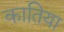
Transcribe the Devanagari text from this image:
कातिया